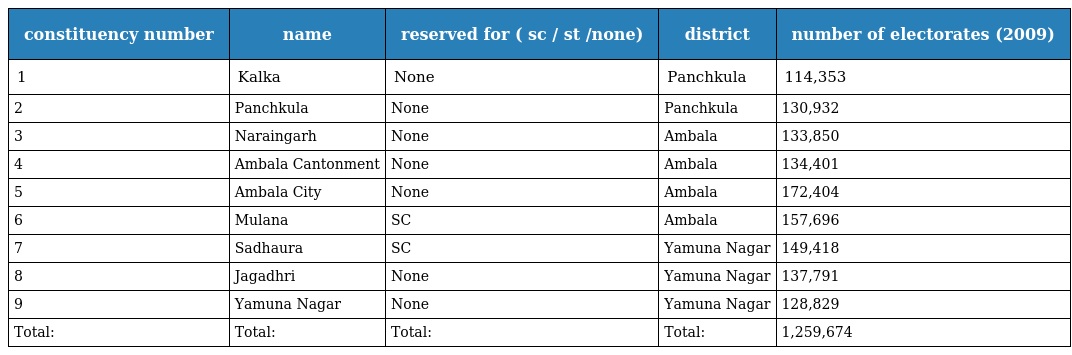
| constituency number | name | reserved for ( sc / st /none) | district | number of electorates (2009) |
 | --- | --- | --- | --- | --- |
 | 1 | Kalka | None | Panchkula | 114,353 |
 | 2 | Panchkula | None | Panchkula | 130,932 |
 | 3 | Naraingarh | None | Ambala | 133,850 |
 | 4 | Ambala Cantonment | None | Ambala | 134,401 |
 | 5 | Ambala City | None | Ambala | 172,404 |
 | 6 | Mulana | SC | Ambala | 157,696 |
 | 7 | Sadhaura | SC | Yamuna Nagar | 149,418 |
 | 8 | Jagadhri | None | Yamuna Nagar | 137,791 |
 | 9 | Yamuna Nagar | None | Yamuna Nagar | 128,829 |
 | Total: | Total: | Total: | Total: | 1,259,674 |